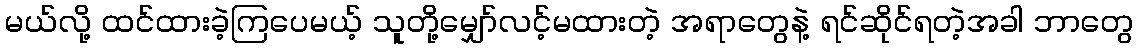
မယ်လို့ ထင်ထားခဲ့ကြပေမယ့် သူတို့မျှော်လင့်မထားတဲ့ အရာတွေနဲ့ ရင်ဆိုင်ရတဲ့အခါ ဘာတွေ